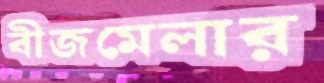
বীজমেলার